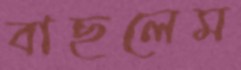
বাছলেম